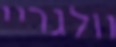
וולגריי